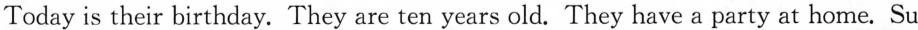
Today is their birthday. They are ten years old. They have a party at home. Su